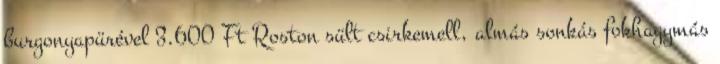
burgonyapürével 3.600 Ft Roston sült csirkemell, almás sonkás fokhagymás